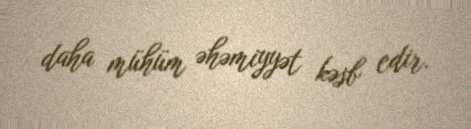
daha mühüm əhəmiyyət kəsb edir.